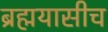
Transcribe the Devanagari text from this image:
ब्रह्मयासीच